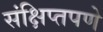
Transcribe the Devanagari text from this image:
संक्षिप्‍तपणे